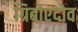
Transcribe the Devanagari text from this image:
ग्रिबोएदोव